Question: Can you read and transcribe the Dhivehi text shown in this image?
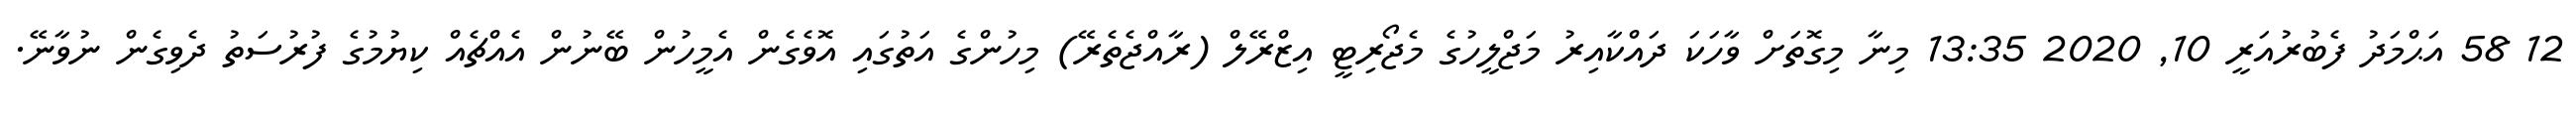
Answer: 12 58 އަޙްމަދު ފެބުރުއަރީ 10, 2020 13:35 މިނާ މިގޮތަށް ވާހަކަ ދައްކާއިރު މަޖްލީހުގެ މެޖޯރިޓީ އިޒްރޭލް (ރާއްޖެތެރޭ) މިހުންގެ އަތުގައި އޮވެގެން އެމީހުން ބޭނުން އެއްޗެއް ކިޔުމުގެ ފުރުސަތު ދެވިގެން ނުވާނޭ.